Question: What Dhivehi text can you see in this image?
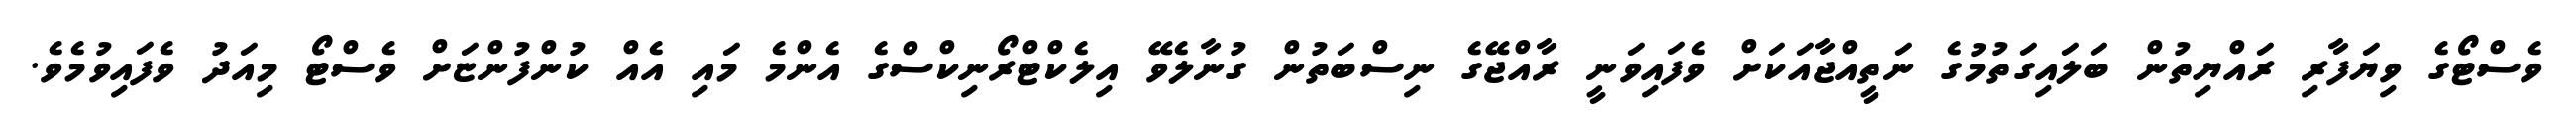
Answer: ވެސްޓޯގެ ވިޔަފާރި ރައްޔިތުން ބަލައިގަތުމުގެ ނަތީއްޖާއަކަށް ވެފައިވަނީ ރާއްޖޭގެ ނިސްބަތުން ގުނާލެވޭ އިލެކްޓްރޯނިކްސްގެ އެންމެ މައި އެއް ކުންފުންޏަށް ވެސްޓޯ މިއަދު ވެފައިވުމެވެ.